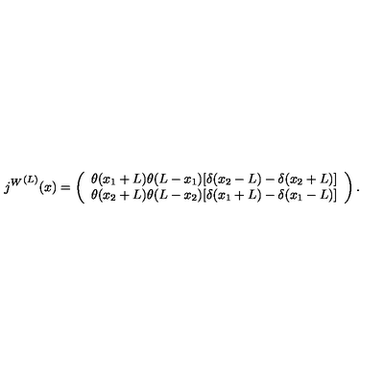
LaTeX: { j ^ { W } } ^ { ( L ) } ( x ) = \left( \begin{array} { l } { \theta ( x _ { 1 } + L ) \theta ( L - x _ { 1 } ) [ \delta ( x _ { 2 } - L ) - \delta ( x _ { 2 } + L ) ] } \\ { \theta ( x _ { 2 } + L ) \theta ( L - x _ { 2 } ) [ \delta ( x _ { 1 } + L ) - \delta ( x _ { 1 } - L ) ] } \\ \end{array} \right) .